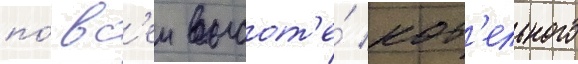
по́ вс'еи высот'е́ кот'ельного